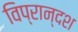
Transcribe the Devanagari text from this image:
विप्रान्दश